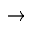
\rightarrow